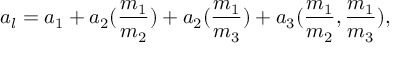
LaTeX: a _ { l } = a _ { 1 } + a _ { 2 } ( \frac { m _ { 1 } } { m _ { 2 } } ) + a _ { 2 } ( \frac { m _ { 1 } } { m _ { 3 } } ) + a _ { 3 } ( \frac { m _ { 1 } } { m _ { 2 } } , \frac { m _ { 1 } } { m _ { 3 } } ) ,